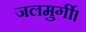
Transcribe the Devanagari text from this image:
जलमुर्गी।